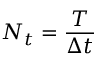
N _ { t } = \frac { T } { \Delta t }